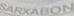
SARXABON